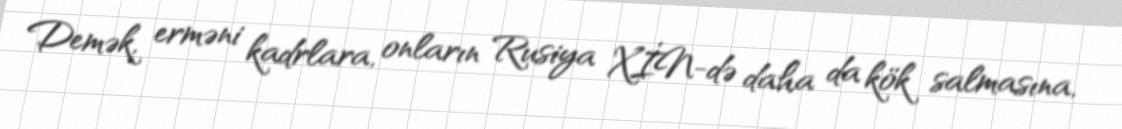
Demək, erməni kadrlara, onların Rusiya XİN-də daha da kök salmasına,